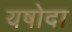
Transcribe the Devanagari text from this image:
यषोदा